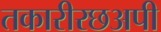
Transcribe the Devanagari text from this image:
तकारीरछअपी